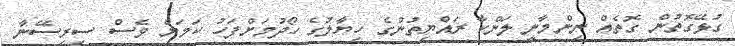
ގުޅޭގޮތުން ގޮތެއް ނިންމާނީ ލަންކާ ރައްޔިތުންގެ ހިޔާލުގެ ހޯދުމަށްފަހު ކަމަށް ވެސް ސިރިސޭނާ